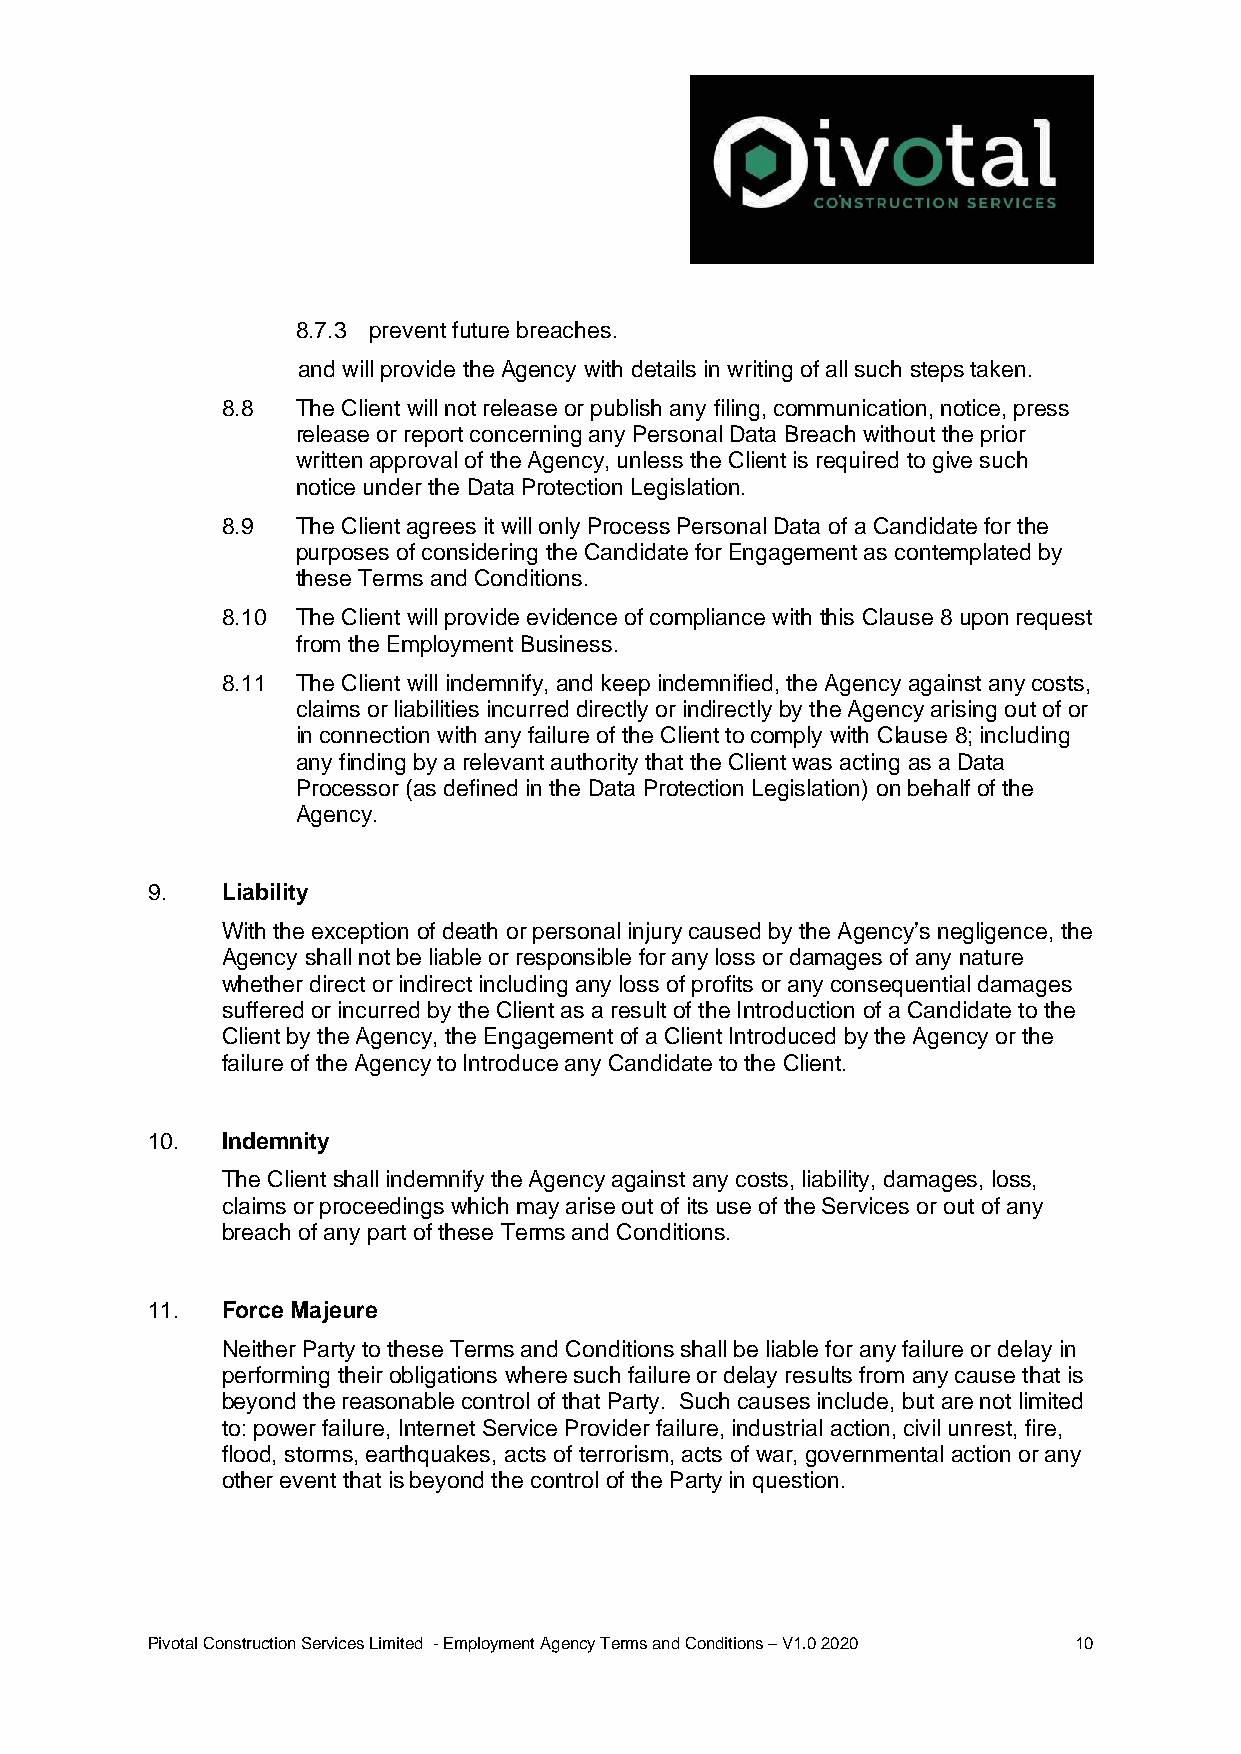
8.7.3 prevent future breaches.
 and will provide the Agency with details in writing of all such steps taken.
 8.8  The Client will not release or publish any filing, communication, notice, press
 release or report concerning any Personal Data Breach without the prior
 written approval of the Agency, unless the Client is required to give such
 notice under the Data Protection Legislation.
 8.9  The Client agrees it will only Process Personal Data of a Candidate for the
 purposes of considering the Candidate for Engagement as contemplated by
 these Terms and Conditions.
 8.10 The Client will provide evidence of compliance with this Clause 8 upon request
 from the Employment Business.
 8.11 The Client will indemnify, and keep indemnified, the Agency against any costs,
 claims or liabilities incurred directly or indirectly by the Agency arising out of or
 in connection with any failure of the Client to comply with Clause 8; including
 any finding by a relevant authority that the Client was acting as a Data
 Processor (as defined in the Data Protection Legislation) on behalf of the
 Agency.
 9.   Liability
 With the exception of death or personal injury caused by the Agency’s negligence, the
 Agency shall not be liable or responsible for any loss or damages of any nature
 whether direct or indirect including any loss of profits or any consequential damages
 suffered or incurred by the Client as a result of the Introduction of a Candidate to the
 Client by the Agency, the Engagement of a Client Introduced by the Agency or the
 failure of the Agency to Introduce any Candidate to the Client.
 10.  Indemnity
 The Client shall indemnify the Agency against any costs, liability, damages, loss,
 claims or proceedings which may arise out of its use of the Services or out of any
 breach of any part of these Terms and Conditions.
 11.  Force Majeure
 Neither Party to these Terms and Conditions shall be liable for any failure or delay in
 performing their obligations where such failure or delay results from any cause that is
 beyond the reasonable control of that Party. Such causes include, but are not limited
 to: power failure, Internet Service Provider failure, industrial action, civil unrest, fire,
 flood, storms, earthquakes, acts of terrorism, acts of war, governmental action or any
 other event that is beyond the control of the Party in question.
 Pivotal Construction Services Limited - Employment Agency Terms and Conditions – V1.0 2020 10